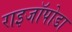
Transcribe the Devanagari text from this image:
राइजॉपोडा